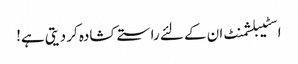
اسٹیبلشمنٹ ان کے لئے راستے کشادہ کر دیتی ہے!